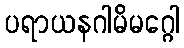
ပရာယနဂါမိမဂ္ဂေါ